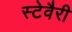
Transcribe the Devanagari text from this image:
स्टेवैरी